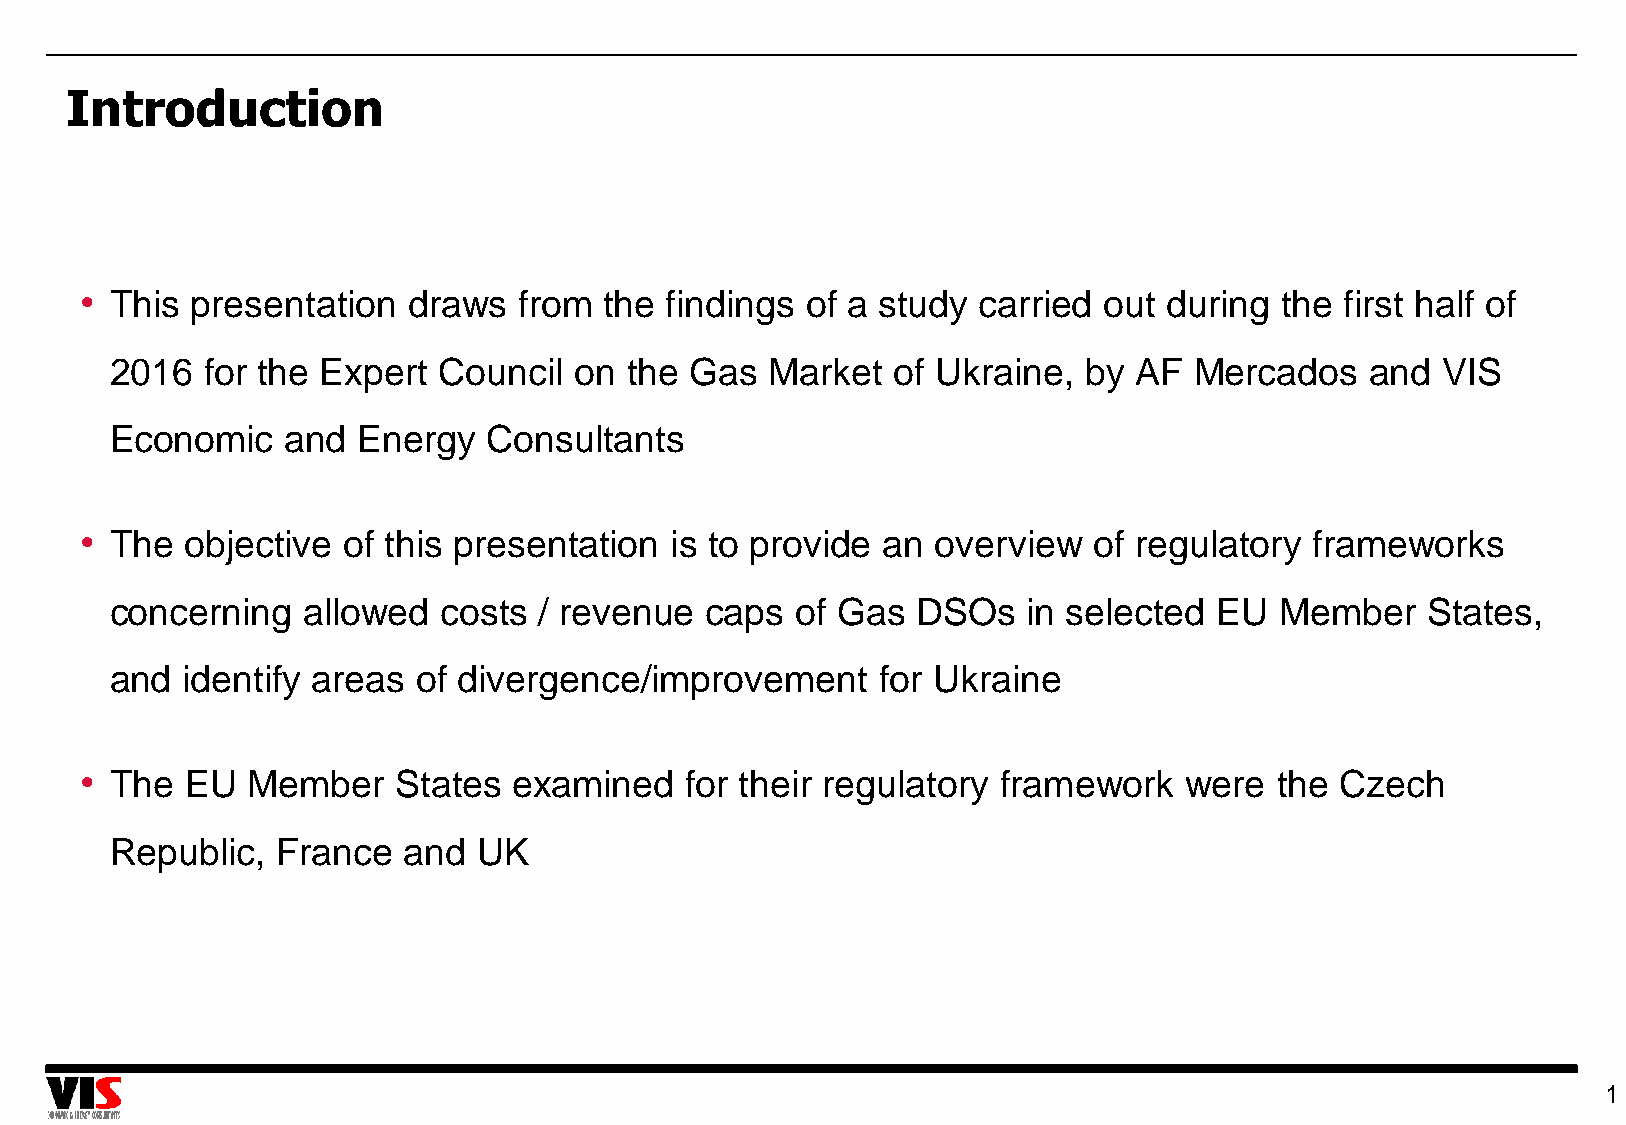
Introduction
 • This  presentation  draws  from  the findings of a study  carried out during  the first half of
 2016  for the Expert  Council  on the  Gas  Market  of Ukraine,  by AF  Mercados    and VIS
 Economic    and  Energy  Consultants
 • The  objective  of this presentation is to provide an  overview  of regulatory  frameworks
 concerning   allowed  costs  / revenue  caps  of Gas  DSOs   in selected EU   Member   States,
 and  identify areas  of divergence/improvement     for Ukraine
 • The  EU  Member    States  examined   for their regulatory framework   were  the  Czech
 Republic,  France   and  UK
 1